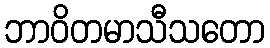
ဘာဝိတမာသီသတော